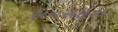
સનરાઈઝ